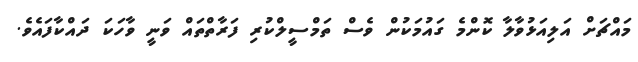
މައްޗަށް އަލިއަޅުވާލާ ކޮންމެ ގައުމަކުން ވެސް ތަމްސީލްކުރި ފަރާތްތައް ވަނީ ވާހަކަ ދައްކާފައެވެ.